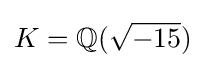
K=\mathbb {Q} ({\sqrt {-15}})